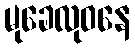
မုခေလုဝနေ